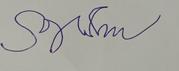
Signature authenticity: forged